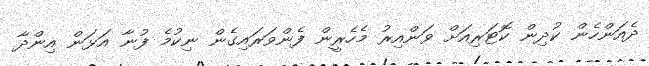
ދެއަންހެން ކުދިން ކޮޓަރިއަށް ވަންއިރު މެހެރީން ފެންވަރައިގެން ނިކުމެ ފުނާ އަޅަން އިންދާ